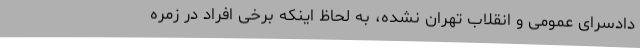
دادسرای عمومی و انقلاب تهران نشده، به لحاظ اینکه برخی افراد در زمره